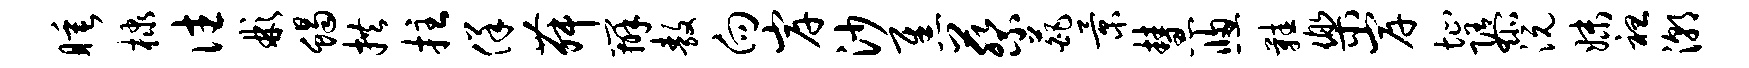
睡棣往彬蝎拱拄佯舞辨敖向岸沙焦蔡葩景慧窗鞋乐岸址隳沅妹袒潮